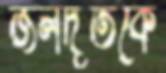
জলদূতকে